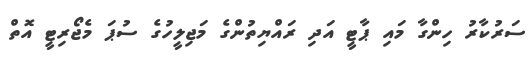
ސަރުކާރު ހިންގާ މައި ޕާޓީ އަދި ރައްޔިތުންގެ މަޖިލީހުގެ ސުޕަ މެޖޯރިޓީ އޮތް